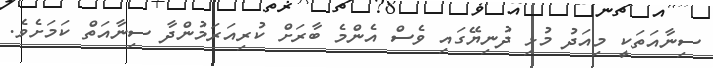
ސިނާއަތަކީ މިއަދު މުޅި ދުނިޔޭގައި ވެސް އެންމެ ބާރަށް ކުރިއަރަމުންދާ ސިނާއަތް ކަމަށެވެ.